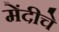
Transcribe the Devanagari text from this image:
मेंदीचे